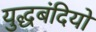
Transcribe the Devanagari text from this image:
युद्धबंदियो